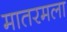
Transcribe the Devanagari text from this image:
मातरमला